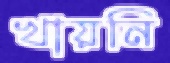
খায়নি